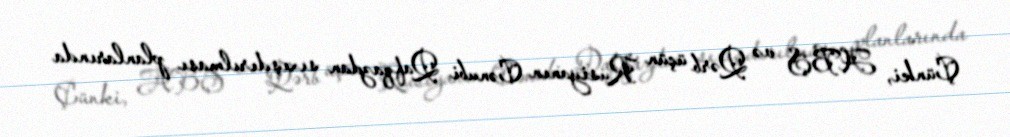
Çünki, ABŞ və Qərb üçün Rusiyanın Cənubi Qafqazdan sıxışdırılması planlarında